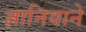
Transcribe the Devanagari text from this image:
ज्ञानियाने